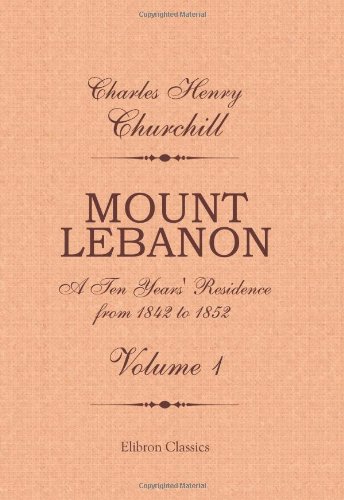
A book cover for Mount Lebanon. A Ten Years' Residence from 1842 to 1852: Volume 1; Charles Henry Churchill; Travel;